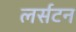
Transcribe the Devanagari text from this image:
लर्सटन